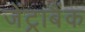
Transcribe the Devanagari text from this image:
जेंट्राबैंक